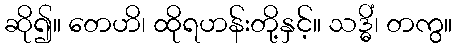
ဆို၍။ တေဟိ၊ ထိုရဟန်းတို့နှင့်။ သဒ္ဓိံ၊ တကွ။